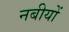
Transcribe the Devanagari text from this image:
नबीयों